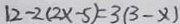
1 2 - 2 ( 2 x - 5 ) = 3 ( 3 - x )